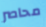
محاصر